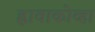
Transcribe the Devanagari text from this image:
ह्लावाकोव्हा